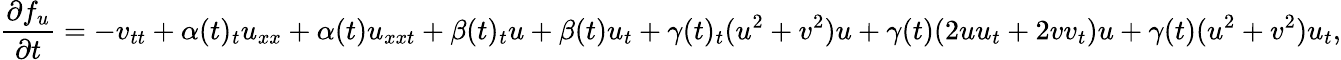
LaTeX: \frac{\partial f_{u}}{\partial t}=-v_{tt}+\alpha(t)_{t}u_{xx}+\alpha(t)u_{xxt}+\beta(t)_{t}u+\beta(t)u_{t}+\gamma(t)_{t}(u^{2}+v^{2})u+\gamma(t)(2uu_{t}+2vv_{t})u+\gamma(t)(u^{2}+v^{2})u_{t},